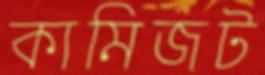
কামিজট